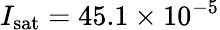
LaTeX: I_{\mathrm{sat}}=45.1\times 10^{-5}